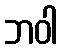
ဘဝါ